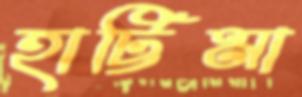
হাট্টিমা